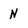
Character: N